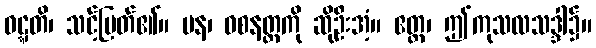
ဝဋ္ဋတိ၊ သင့်မြတ်၏။ ပန၊ ဝစနတ္ထကို ဆိုဦးအံ့။ ဧတ္ထ၊ ဤကုသလသဒ္ဒါ၌။